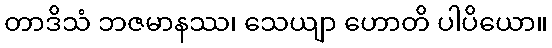
တာဒိသံ ဘဇမာနဿ၊ သေယျာ ဟောတိ ပါပိယော။